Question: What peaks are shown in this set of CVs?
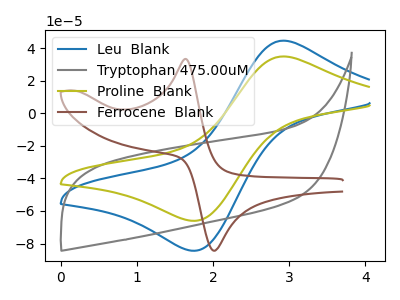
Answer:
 <answer>The blue curve "Leu  Blank" has an anodic peak at (2.95V, 44.55uA) and a cathodic peak at (1.70V, -84.40uA). The gray curve "Tryptophan 475.00uM" has no peaks. The olive curve "Proline  Blank" has an anodic peak at (2.95V, 34.85uA) and a cathodic peak at (1.70V, -66.05uA). The brown curve "Ferrocene  Blank" has an anodic peak at (1.65V, 33.35uA) and a cathodic peak at (2.05V, -84.35uA).</answer>
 <eval></eval>